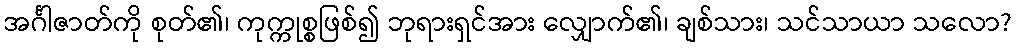
အင်္ဂါဇာတ်ကို စုတ်၏၊ ကုက္ကုစ္စဖြစ်၍ ဘုရားရှင်အား လျှောက်၏၊ ချစ်သား၊ သင်သာယာ သလော?